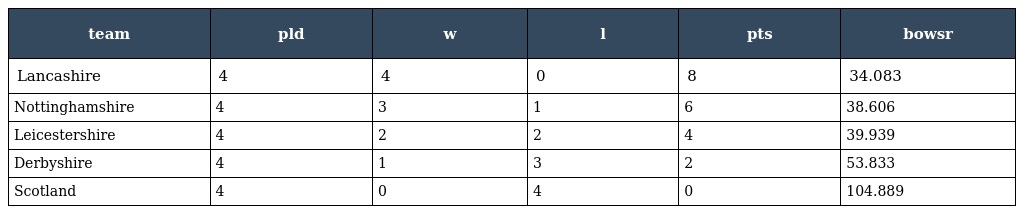
| team | pld | w | l | pts | bowsr |
 | --- | --- | --- | --- | --- | --- |
 | Lancashire | 4 | 4 | 0 | 8 | 34.083 |
 | Nottinghamshire | 4 | 3 | 1 | 6 | 38.606 |
 | Leicestershire | 4 | 2 | 2 | 4 | 39.939 |
 | Derbyshire | 4 | 1 | 3 | 2 | 53.833 |
 | Scotland | 4 | 0 | 4 | 0 | 104.889 |